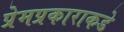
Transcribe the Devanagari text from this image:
प्रेमप्रकाराकडे